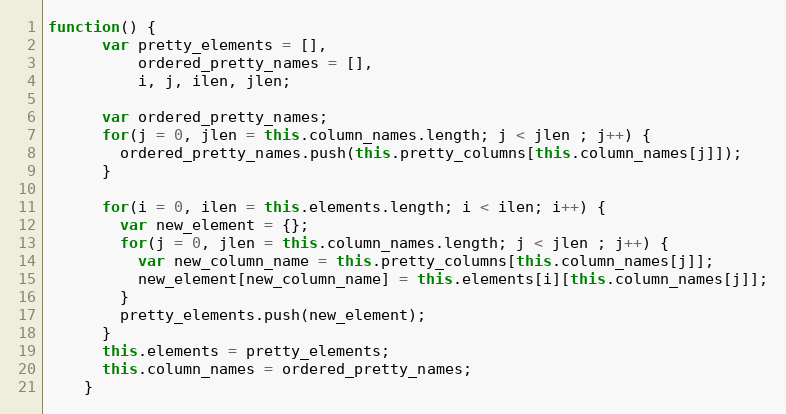
Language: JavaScript
function() {
      var pretty_elements = [],
          ordered_pretty_names = [],
          i, j, ilen, jlen;

      var ordered_pretty_names;
      for(j = 0, jlen = this.column_names.length; j < jlen ; j++) {
        ordered_pretty_names.push(this.pretty_columns[this.column_names[j]]);
      }

      for(i = 0, ilen = this.elements.length; i < ilen; i++) {
        var new_element = {};
        for(j = 0, jlen = this.column_names.length; j < jlen ; j++) {
          var new_column_name = this.pretty_columns[this.column_names[j]];
          new_element[new_column_name] = this.elements[i][this.column_names[j]];
        }
        pretty_elements.push(new_element);
      }
      this.elements = pretty_elements;
      this.column_names = ordered_pretty_names;
    }